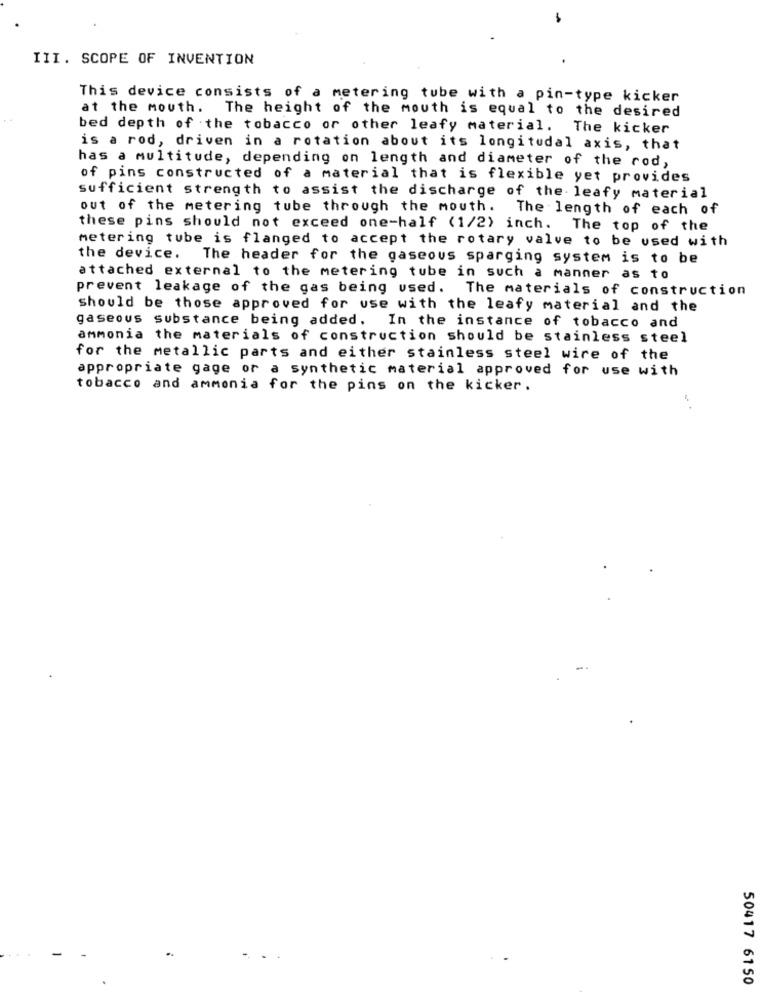
III. SCOPE OF INVENTION
This device consists of a metering tube with a pin-type kicker
at the mouth. The height of the mouth is equal to the desired
bed depth of the tobacco or other leafy material. The kicker
is a rod, driven in a rotation about its longitudal axis, that
has a multitude, depending on length and diameter of the rod,
of pins constructed of a material that is flexible yet provides
sufficient strength to assist the discharge of the leafy material
out of the metering tube through the mouth. The length of each of
these pins should not exceed one-half (1/2) inch. The top of the
metering tube is flanged to accept the rotary valve to be used with
the device.
The header for the gaseous sparging system is to be
attached external to the metering tube in such a manner as to
prevent leakage of the gas being used. The materials of construction
should be those approved for use with the leafy material and the
gaseous substance being added. In the instance of tobacco and
ammonia the materials of construction should be stainless steel
for the metallic parts and either stainless steel wire of the
appropriate gage or a synthetic material approved for use with
tobacco and ammonia for the pins on the kicker.
50417 6150